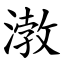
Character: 㴾